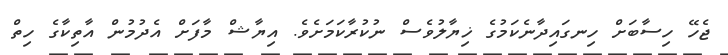
ޖެހޭ ހިސާބަށް ހިނގައިދާނެކަމުގެ ޚިޔާލުވެސް ނުކުރާކަމަށެވެ. އިޔާޝް މާފަށް އެދުމުން އާތިކާގެ ހިތް